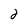
Character: 2